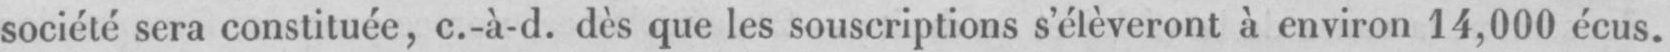
société sera constituée, c.-à-d. dés que les souscriptions s’élèveront à environ 14,000 écus.